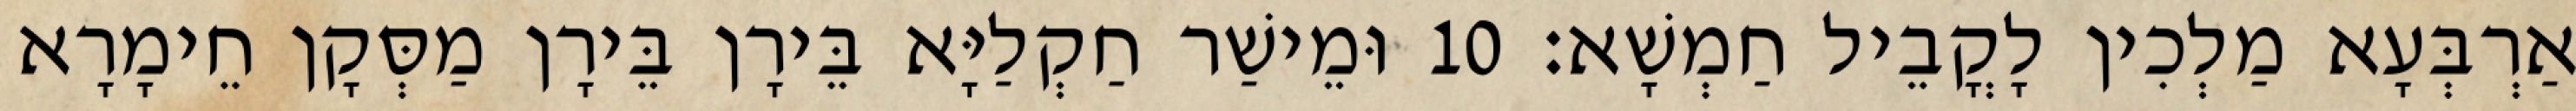
אַרְבְּעָא מַלְכִין לָקֳבֵיל חַמְשָׁא׃ 10 וּמֵישַׁר חַקְלַיָּא בֵּירָן בֵּירָן מַסְּקָן חֵימָרָא